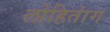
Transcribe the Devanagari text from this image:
लोहितांग